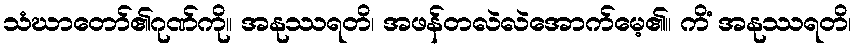
သံဃာတော်၏ဂုဏ်ကို။ အနုဿရတိ၊ အဖန်တလဲလဲအောက်မေ့၏။ ကိံ အနုဿရတိ၊